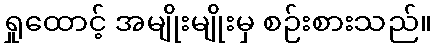
ရှုထောင့် အမျိုးမျိုးမှ စဉ်းစားသည်။